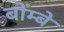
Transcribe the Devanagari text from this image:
बोंम्बे